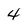
Character: 4